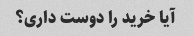
آیا خرید را دوست داری؟